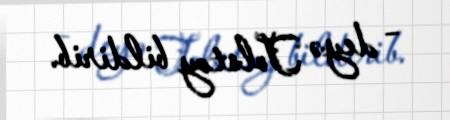
– deyə Tolstoy bildirib.